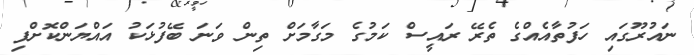
ނައުރޫގައި ހަފުތާއެއްގެ ތެރޭ ރައީސް ކަމުގެ މަގާމަށް ތިން ވަނަ ބޭފުޅަކު އައްޔަންކޮށްފި